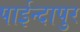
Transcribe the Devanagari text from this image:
पाईन्दापुर